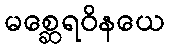
မစ္ဆေရဝိနယေ